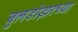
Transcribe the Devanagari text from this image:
बुलडोझरच्या